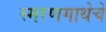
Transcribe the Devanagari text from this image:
स्मरणगाथेचे